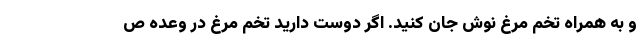
و به همراه تخم مرغ نوش جان کنید. اگر دوست دارید تخم مرغ در وعده ص